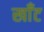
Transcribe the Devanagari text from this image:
खाँट